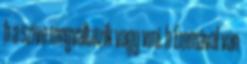
h a szíve megváltozik vagy vmi. h Emmával van